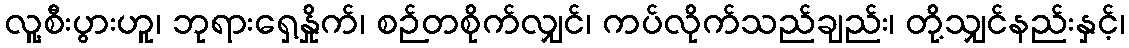
လူ့စီးပွားဟူ၊ ဘုရားရှေ့နှိုက်၊ စဉ်တစိုက်လျှင်၊ ကပ်လိုက်သည်ချည်း၊ တို့သျှင်နည်းနှင့်၊